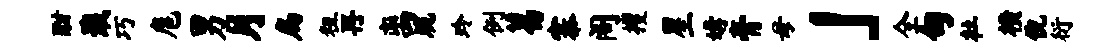
酣戢巧扈男月扁粗再离脆玲例葛寨阁攫星媾膏母」全甸杜横倪衍